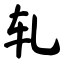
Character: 轧